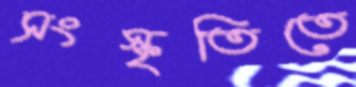
সংস্কৃতিতে